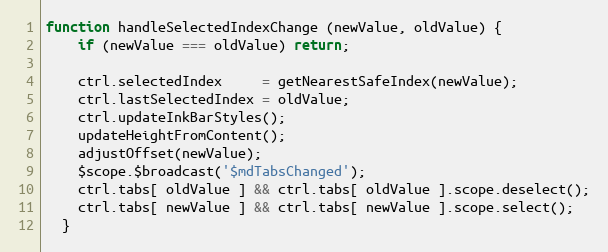
Language: JavaScript
function handleSelectedIndexChange (newValue, oldValue) {
    if (newValue === oldValue) return;

    ctrl.selectedIndex     = getNearestSafeIndex(newValue);
    ctrl.lastSelectedIndex = oldValue;
    ctrl.updateInkBarStyles();
    updateHeightFromContent();
    adjustOffset(newValue);
    $scope.$broadcast('$mdTabsChanged');
    ctrl.tabs[ oldValue ] && ctrl.tabs[ oldValue ].scope.deselect();
    ctrl.tabs[ newValue ] && ctrl.tabs[ newValue ].scope.select();
  }